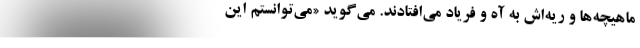
ماهیچه‌ها و ریه‌اش به آه و فریاد می‌افتادند. می‌گوید «می‌توانستم این